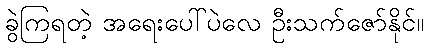
ခွဲကြရတဲ့ အရေးပေါ်ပဲလေ ဦးသက်ဇော်နိုင်။